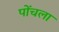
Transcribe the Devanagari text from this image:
पोंचला